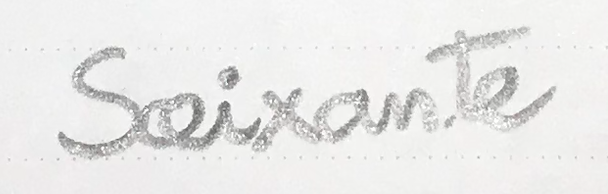
Soixante